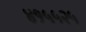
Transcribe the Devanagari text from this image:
४१५५२५